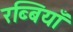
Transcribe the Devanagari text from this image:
रब्बियाँ